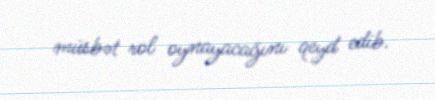
müsbət rol oynayacağını qeyd edib.